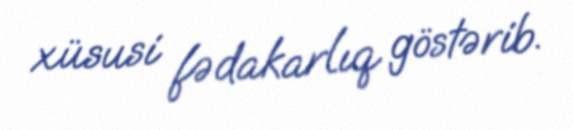
xüsusi fədakarlıq göstərib.